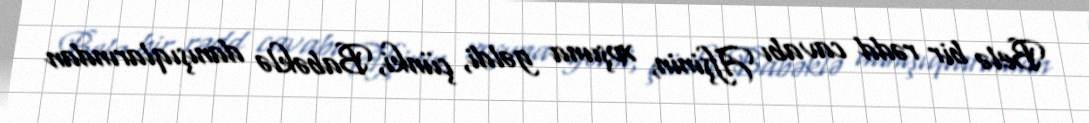
Belə bir rədd cavabı Afşinin, xoşuna gəldi, çünki, Babəklə danışıqlarından